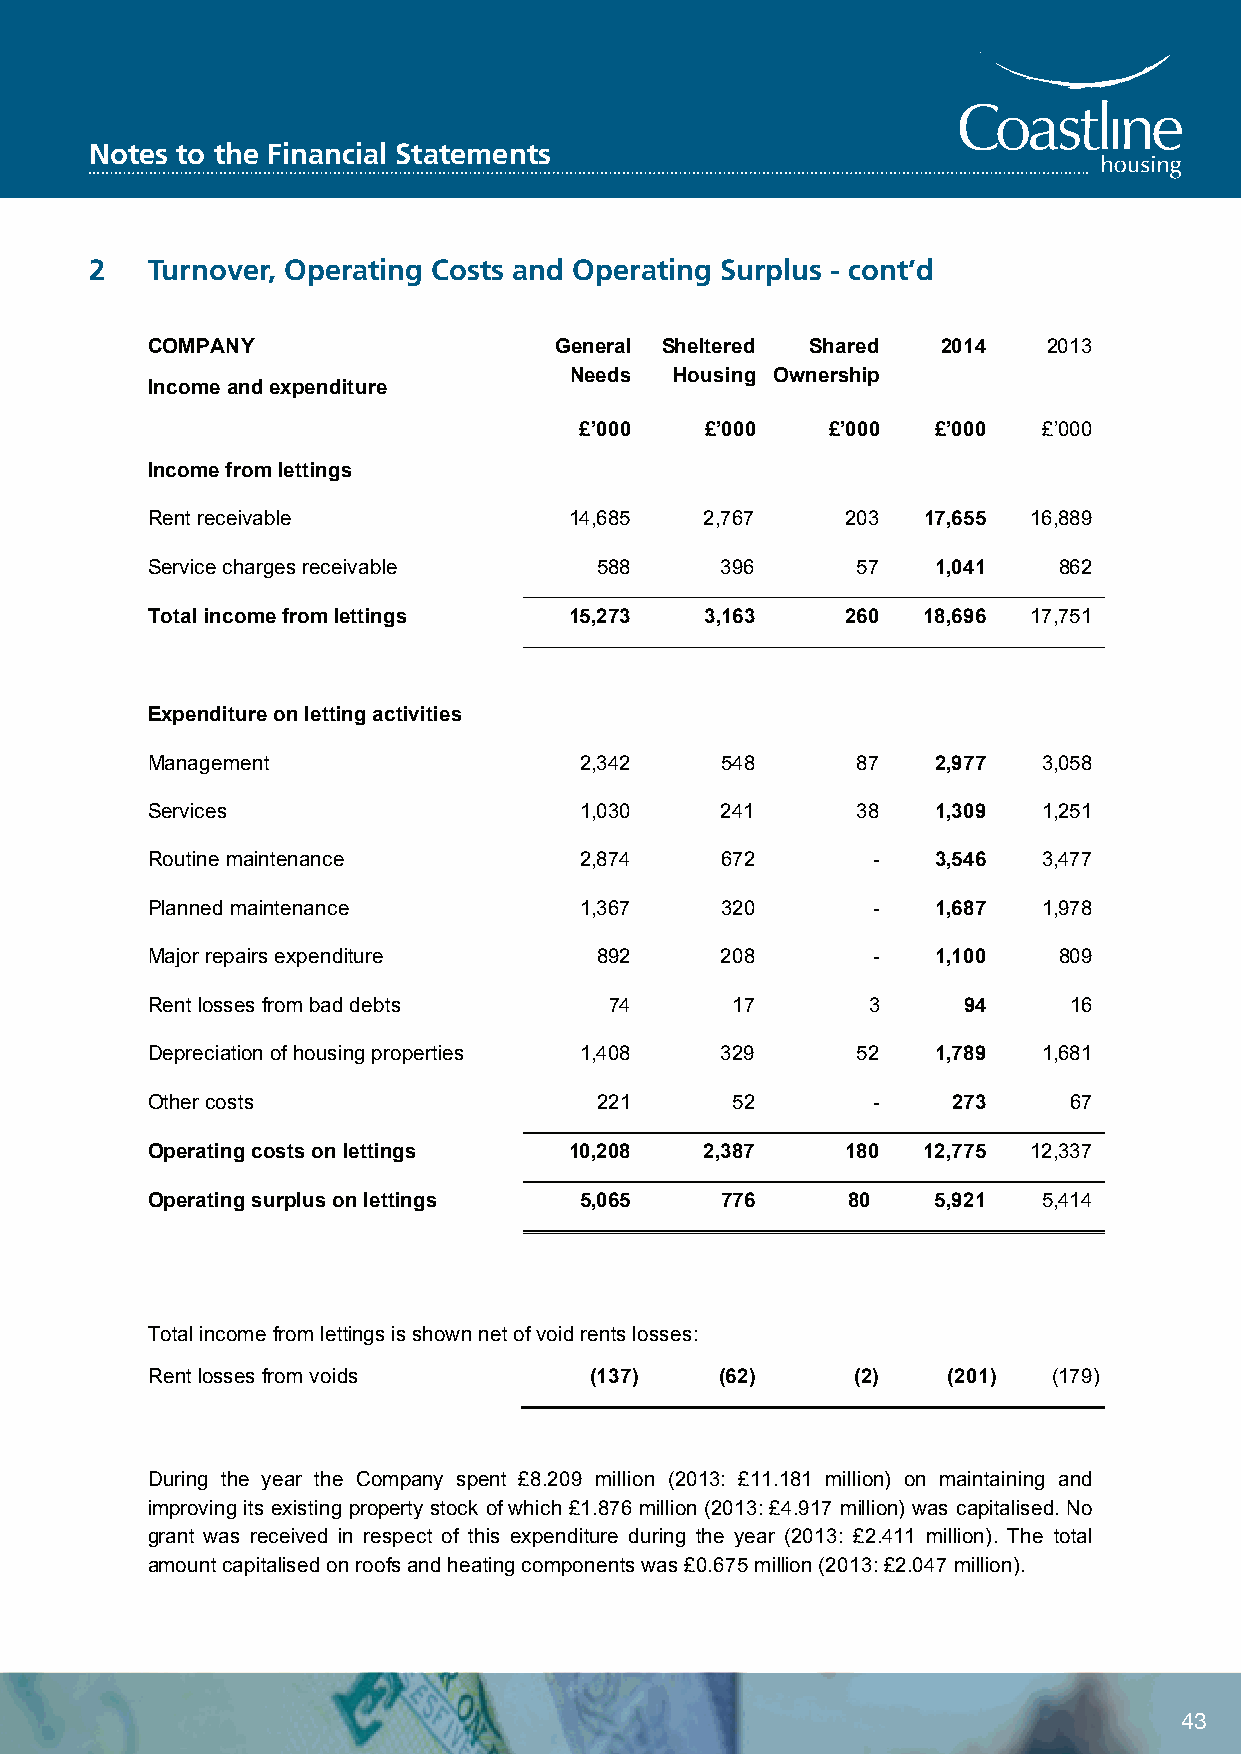
Coastline Housing Limited
 Notes to the Financial Statements
 Notes to the Financial Statements
 2   2Tu rnoTvuerrn, oOvpeerr,a Otipnegr aCtoinstgs Caonsdt sO panerda Otinpge rSautirnpglu Ssu -r cpolunst’ d– cont’d
 COMPANY                    General Sheltered Shared 2014   2013
 Income and expenditure
 Needs  Housing Ownership
 £’000    £’000   £’000  £’000  £’000
 Income from lettings
 Rent receivable             14,685   2,767    203  17,655 16,889
 Service charges receivable    588     396      57   1,041   862
 Total income from lettings  15,273   3,163    260  18,696 17,751
 Expenditure on letting activities
 Management                  2,342     548      87   2,977  3,058
 Services                    1,030     241      38   1,309  1,251
 Routine maintenance         2,874     672       -   3,546  3,477
 Planned maintenance         1,367     320       -   1,687  1,978
 Major repairs expenditure     892     208       -   1,100   809
 Rent losses from bad debts    74      17       3      94     16
 Depreciation of housing properties 1,408 329   52   1,789  1,681
 Other costs                   221      52       -    273     67
 Operating costs on lettings 10,208   2,387    180  12,775 12,337
 Operating surplus on lettings 5,065   776     80    5,921  5,414
 Total income from lettings is shown net of void rents losses:
 Rent losses from voids       (137)    (62)     (2)   (201)  (179)
 During the year the Company spent £8.209 million (2013: £11.181 million) on maintaining and
 improving its existing property stock of which £1.876 million (2013: £4.917 million) was capitalised. No
 grant was received in respect of this expenditure during the year (2013: £2.411 million). The total
 amount capitalised on roofs and heating components was £0.675 million (2013: £2.047 million).
 39
 43